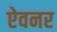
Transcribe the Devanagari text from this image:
ऐवनर